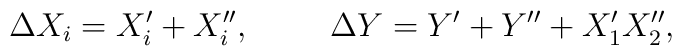
\Delta X_i = X_i' + X_i'', \rule{1cm}{0cm} \Delta Y = Y' + Y'' + X_1'X_2'',